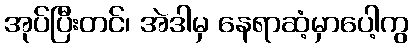
အုပ်ပြီးတင်၊ အဲဒါမှ နေရာဆံ့မှာပေါ့ကွ